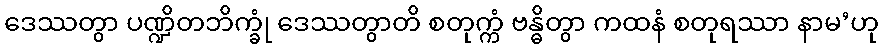
ဒေဿတွာ ပဏ္ဍိတဘိက္ခုံ ဒေဿတွာတိ စတုက္ကံ ဗန္ဓိတွာ ကထနံ စတုရဿာ နာမ’ဟု